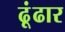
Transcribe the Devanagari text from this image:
ढूंढार